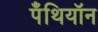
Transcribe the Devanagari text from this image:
पँथियॉन